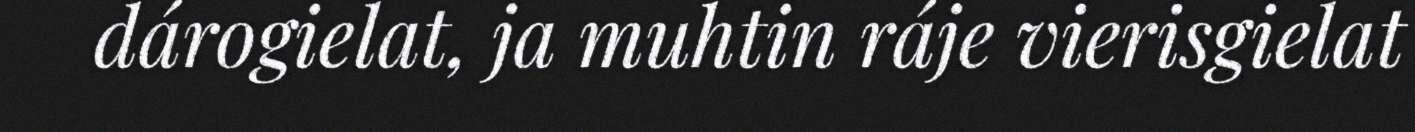
dárogielat, ja muhtin ráje vierisgielat